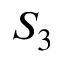
S _ { 3 }